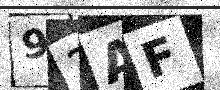
Text: 92AF